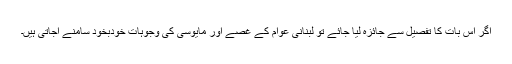
اگر اس بات کا تفصیل سے جائزہ لیا جائے تو لبنانی عوام کے غصے اور مایوسی کی وجوہات خودبخود سامنے آجاتی ہیں۔